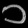
Digit: ၁